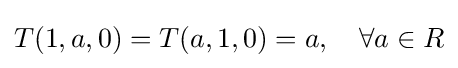
T(1,a,0)=T(a,1,0)=a,\quad \forall a\in R